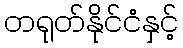
တရုတ်နိုင်ငံနှင့်